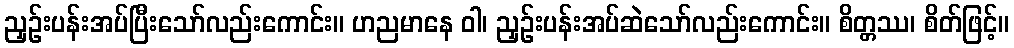
ညှဉ်းပန်းအပ်ပြီးသော်လည်းကောင်း။ ဟညမာနေ ဝါ၊ ညှဉ်းပန်းအပ်ဆဲသော်လည်းကောင်း။ စိတ္တဿ၊ စိတ်ဖြင့်။